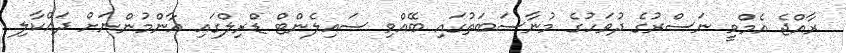
ރާއްޖެ އެމްވީ ނަސްރުގެ ދުވަހުގެ މުނާސަބަތުގައި ބޭއްވި ސައިލެންޓް ޑްރިލްގައި އާންމުންނަށް ދައްކާލި